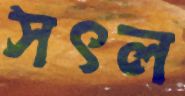
সৎল